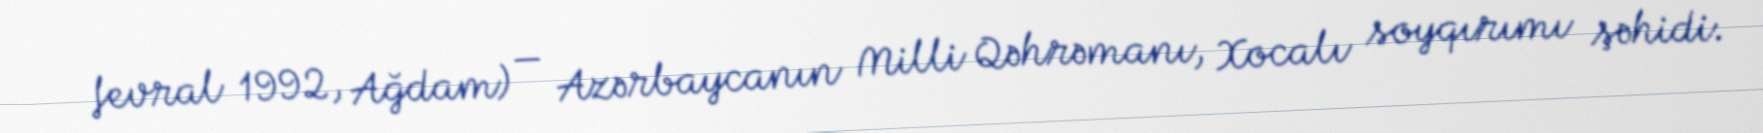
fevral 1992, Ağdam) — Azərbaycanın Milli Qəhrəmanı, Xocalı soyqırımı şəhidi.